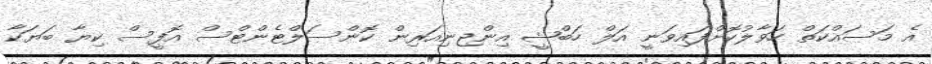
އެ މަސައްކަތް ހަވާލުކޮށްފައިވަނީ އަލް ހަބްޝީ އިންޖިނިއަރިން ކޮންސަލްޓެންޓްސް އޮފީސް ކިޔާ ބަޔަކާ